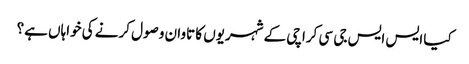
کیا ایس ایس جی سی کراچی کے شہریوں کا تاوان وصول کرنے کی خواہاں ہے؟